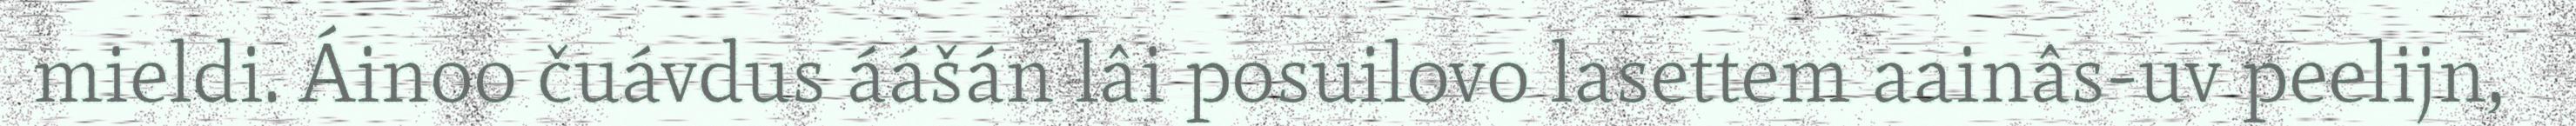
mieldi. Áinoo čuávdus áášán lâi posuilovo lasettem aainâs-uv peelijn,